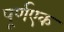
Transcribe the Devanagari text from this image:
पूर्णएक